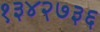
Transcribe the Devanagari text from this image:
१३४२७३६